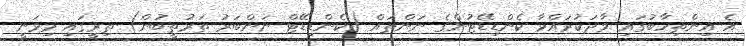
އެ އިންތިހާބުގައި ވާދަކުރައްވާ ކެންޑިޑޭޓުންގެ ނަންތައް (ކެންޑިޑޭޓް ނަންބަރު ތަރުތީބުން) ތިރީގައި މިވަނީ